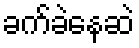
ခက်ခဲနေဆဲ